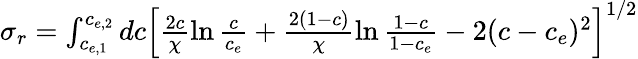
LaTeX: \begin{array}{r}{\sigma_{r}=\int_{c_{e,1}}^{c_{e,2}}dc\left[\frac{2c}{\chi}\ln\frac{c}{c_{e}}+\frac{2(1-c)}{\chi}\ln\frac{1-c}{1-c_{e}}-2(c-c_{e})^{2}\right]^{1/2}}\end{array}